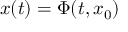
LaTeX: { \boldsymbol { x } } ( t ) = \Phi ( t , { \boldsymbol { x } } _ { 0 } )